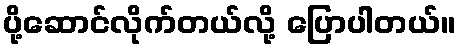
ပို့ဆောင်လိုက်တယ်လို့ ပြောပါတယ်။